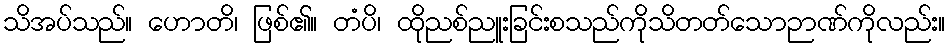
သိအပ်သည်။ ဟောတိ၊ ဖြစ်၏။ တံပိ၊ ထိုညစ်ညူးခြင်းစသည်ကိုသိတတ်သောဉာဏ်ကိုလည်း။